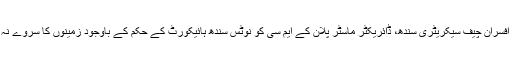
عدالت نے کہا کہ چار بڑے افسران چیف سیکریٹری سندھ، ڈائریکٹر ماسٹر پلان کے ایم سی کو نوٹس سندھ ہائیکورٹ کے حکم کے باوجود زمینوں کا سروے نہ کرنے پرجاری کیا گیا ہے۔